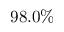
9 8 . 0 \%